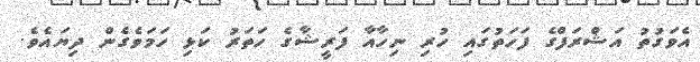
އެވަގުތު އަޝްރަފްގެ ފަހަތުގައި ހުރި ނިހާއާ ފަރީޝާގެ ހަތަރު ކަޅި ހަމަވެގެން ދިޔައެވެ.